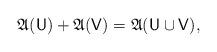
LaTeX: \begin{align*} \mathfrak A(\mathsf U) + \mathfrak A(\mathsf V) = \mathfrak A(\mathsf U \cup \mathsf V), \end{align*}